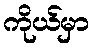
ကိုယ်မှာ